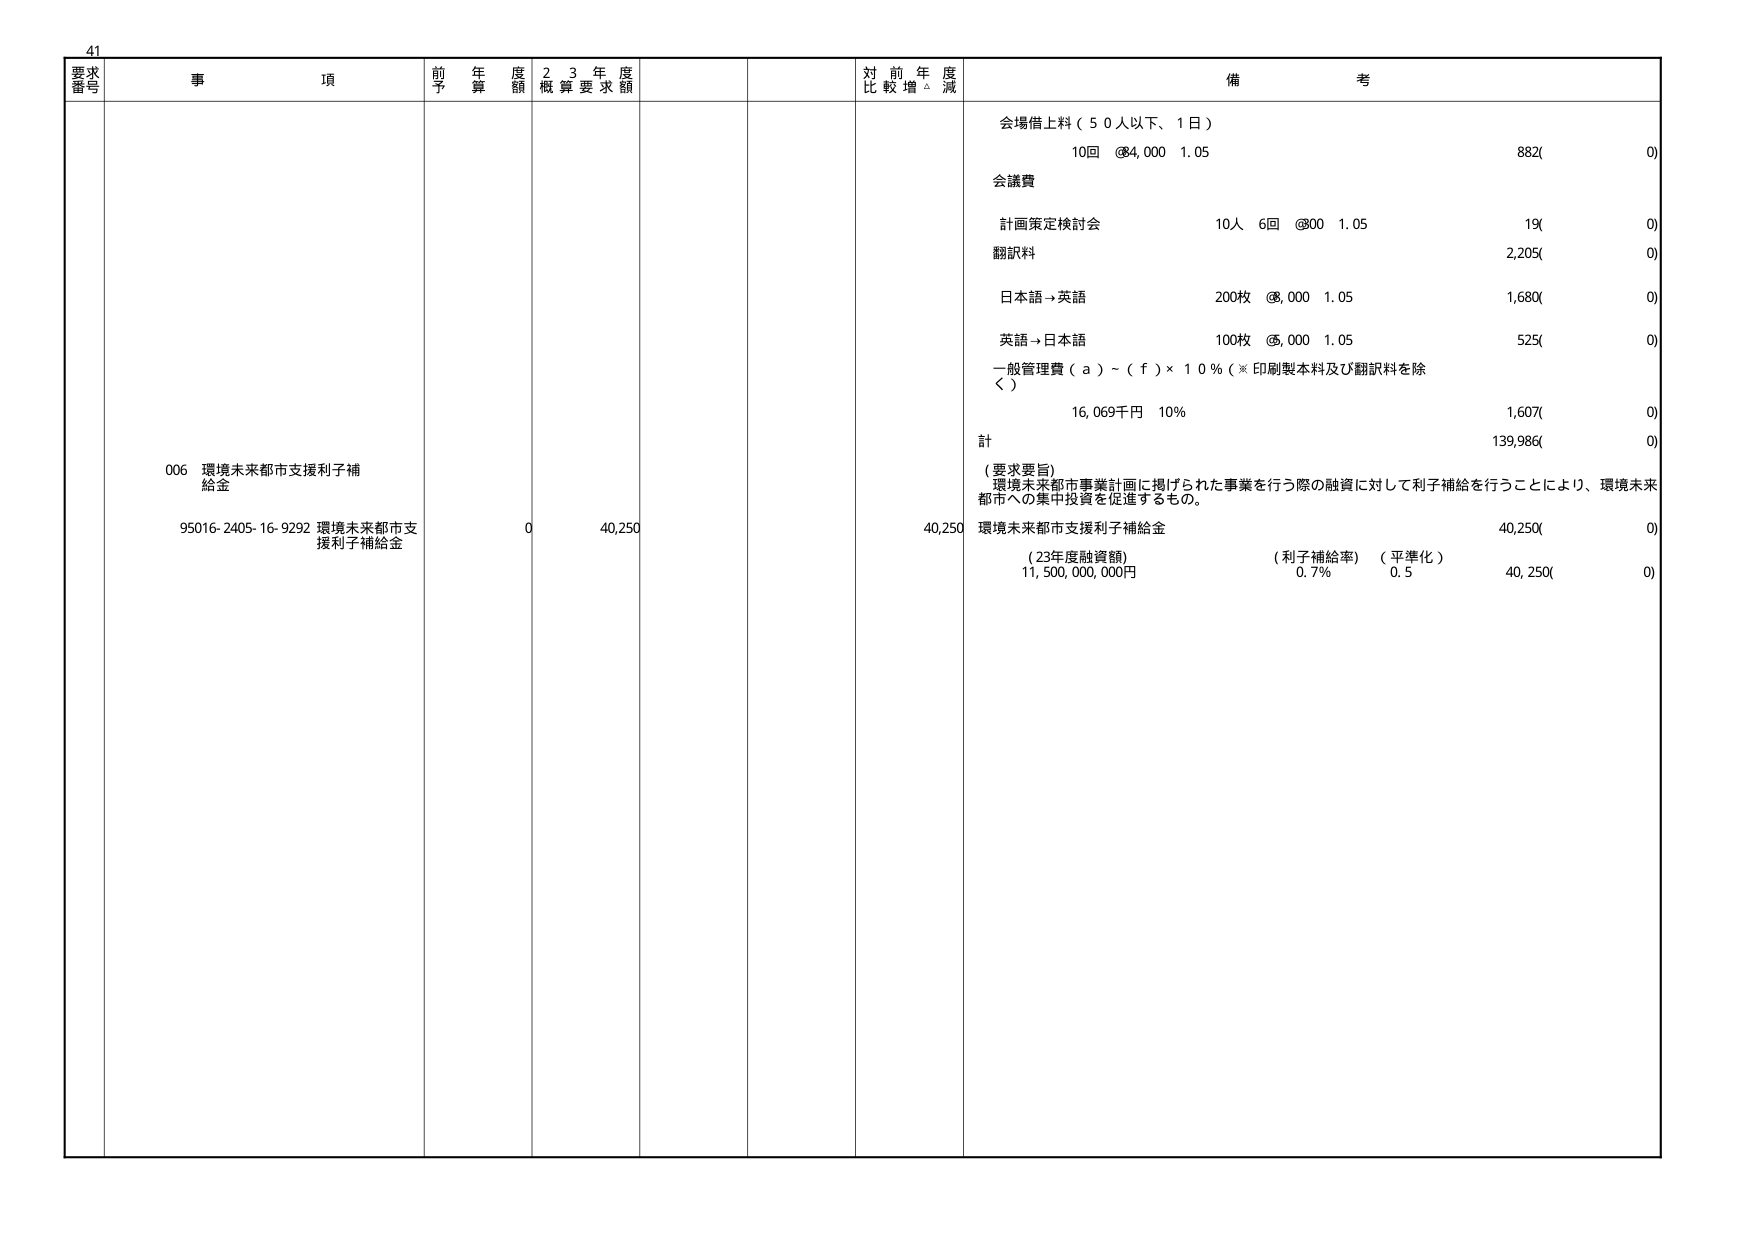
41
要求番号 事項 前年度予算額 23年度概算要求額 対前年度比較増減 備考
006 環境未来都市支援利子補給金
95016-2405-16-9292 環境未来都市支援利子補給金 0 40,250 40,250
会場借上料（50人以下、1日）
10回 @4,000 1.05 882(0)
会議費
計画策定検討会 10人 6回 @300 1.05 19(0)
翻訳料 2,205(0)
日本語→英語 200枚 @8,000 1.05 1,680(0)
英語→日本語 100枚 @5,000 1.05 525(0)
一般管理費（a）～（f）×10％（※印刷製本料及び翻訳料を除く）
16,069千円 10％ 1,607(0)
計 139,986(0)
（要求要旨）
環境未来都市事業計画に掲げられた事業を行う際の融資に対して利子補給を行うことにより、環境未来都市への集中投資を促進するもの。
環境未来都市支援利子補給金 40,250(0)
（23年度融資額） 11,500,000,000円 （利子補給率） 0.7％ （平準化） 0.5 40,250(0)